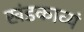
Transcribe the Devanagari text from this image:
खंडकाव्यं